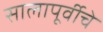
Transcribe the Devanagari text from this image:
सालापूर्वीचे